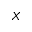
X